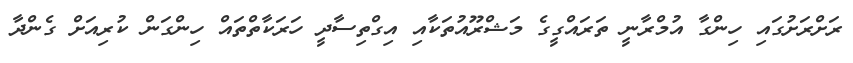
ރަށްރަށުގައި ހިންގާ އުމްރާނީ ތަރައްގީގެ މަޝްރޫއުތަކާއި އިގްތިސާދީ ހަރަކާތްތައް ހިންގަން ކުރިއަށް ގެންދާ